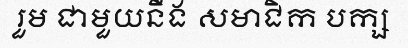
រួម ជាមួយនឹង សមាជិក បក្ស